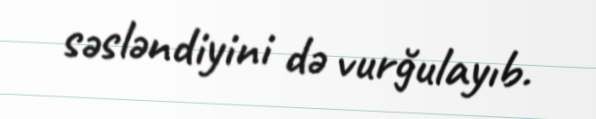
səsləndiyini də vurğulayıb.